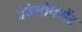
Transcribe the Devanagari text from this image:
देवेलोपेमेंट